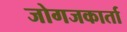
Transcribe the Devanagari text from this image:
जोगजकार्ता